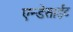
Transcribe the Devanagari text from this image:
एन्डेसाईट